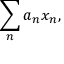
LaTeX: \sum _ { n } a _ { n } x _ { n } ,